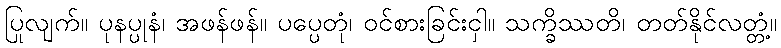
ပြုလျက်။ ပုနပ္ပုနံ၊ အဖန်ဖန်။ ပပ္ပေတုံ၊ ဝင်စားခြင်းငှါ။ သက္ခိဿတိ၊ တတ်နိုင်လတ္တံ့။